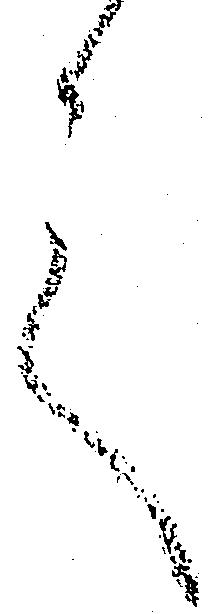
言